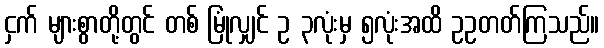
ငှက် များစွာတို့တွင် တစ် မြုံလျှင် ဥ ၃လုံးမှ ၅လုံးအထိ ဥဥတတ်ကြသည်။